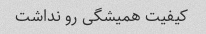
کیفیت همیشگی رو نداشت